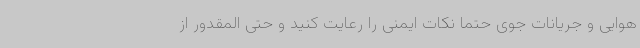
هوایی و جریانات جوی حتما نکات ایمنی را رعایت کنید و حتی المقدور از